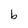
Character: b